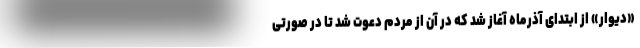
«دیوار» از ابتدای آذرماه آغاز شد که در آن از مردم دعوت شد تا در صورتی